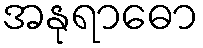
အနုရာဓော